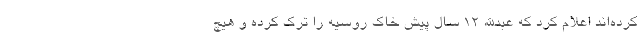
کرده‌اند اعلام کرد که عبدالله ۱۲ سال پیش خاک روسیه را ترک کرده و هیچ